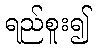
ရည်စူး၍